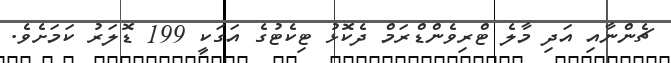
ޗެންނާއި އަދި މާލެ ޓްރިވެންޑްރަމް ދެކޮޅު ޓިކެޓުގެ އަގަކީ 199 ޑޮލަރު ކަމަށެވެ.